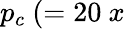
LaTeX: p_{c}~(=20~x~\